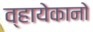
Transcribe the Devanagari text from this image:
व्हायेकानो